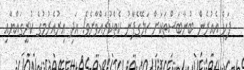
ފަހެ އެއުރެން ބުނާބަސްތަކަށް ކަލޭގެފާނު ކެތްކުރައްވާށެވެ! އަދި އިރުއެރުމުގެ ކުރީގައްޔާއި